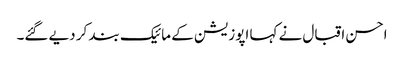
احسن اقبال نے کہا اپوزیشن کے مائیک بند کر دیے گئے۔